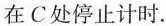
在C处停止计时.